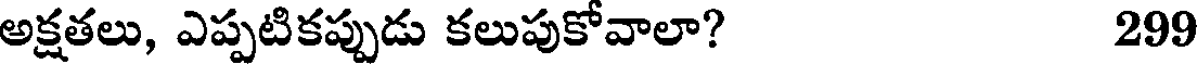
అక్షతలు, ఎప్పటికప్పుడు కలుపుకోవాలా? 299